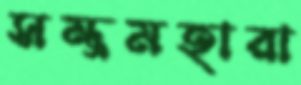
সম্ভ্রমহারা